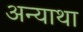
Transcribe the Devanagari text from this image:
अन्याथा